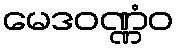
မေဒဝဏ္ဏံဝ